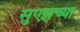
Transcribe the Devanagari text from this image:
सुएझच्या